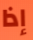
إذا